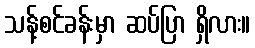
သန့်စင်ခန်းမှာ ဆပ်ပြာ ရှိလား။